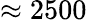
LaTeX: \approx 2500